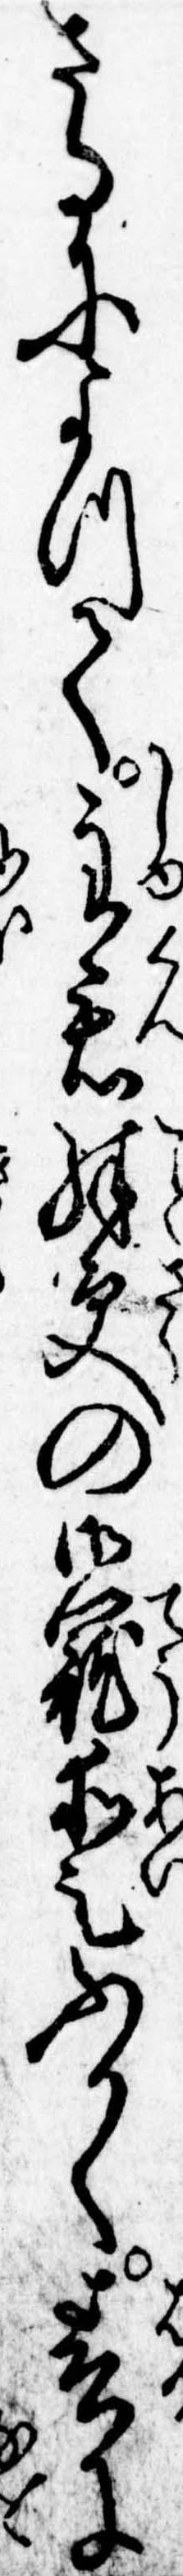
さるによつて主君殊更の御寵愛ふかく春に